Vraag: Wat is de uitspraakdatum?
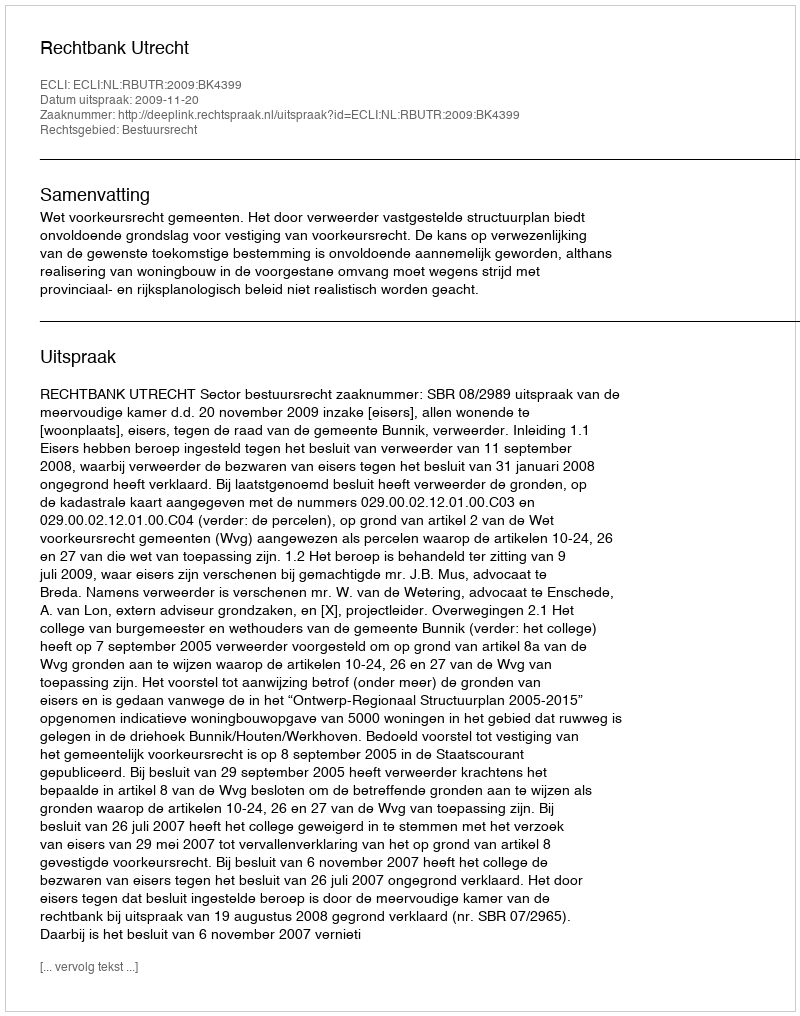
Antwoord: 2009-11-20